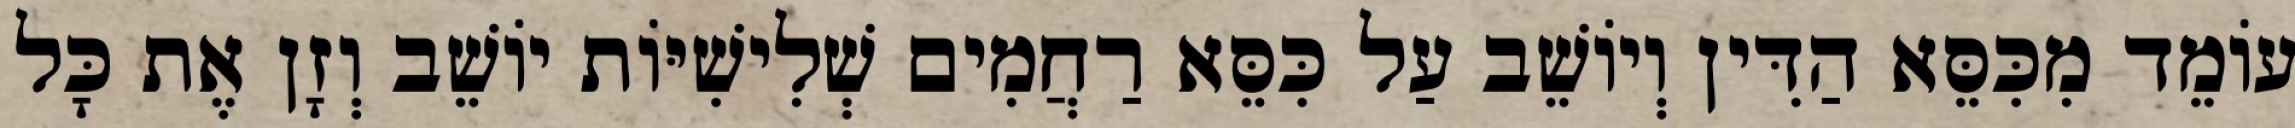
עוֹמֵד מִכִּסֵּא הַדִּין וְיוֹשֵׁב עַל כִּסֵּא רַחֲמִים שְׁלִישִׁיּוֹת יוֹשֵׁב וְזָן אֶת כָּל